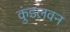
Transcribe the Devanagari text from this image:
कुंडलवन